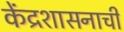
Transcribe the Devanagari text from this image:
केंद्रशासनाची